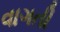
વાગતી